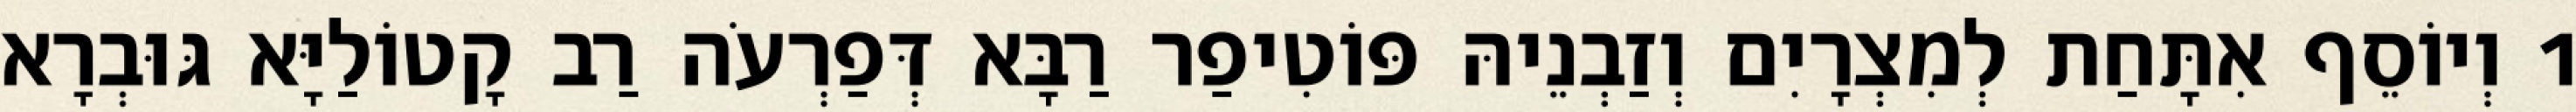
1 וְיוֹסֵף אִתָּחַת לְמִצְרָיִם וְזַבְנֵיהּ פּוֹטִיפַר רַבָּא דְּפַרְעֹה רַב קָטוֹלַיָּא גּוּבְרָא